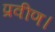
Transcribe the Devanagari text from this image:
प्रवीण।